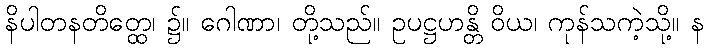
နိပါတနတိတ္ထေ၊ ၌။ ဂေါဏာ၊ တို့သည်။ ဥပဋ္ဌဟန္တိ ဝိယ၊ ကုန်သကဲ့သို့။ န